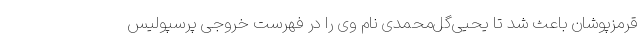
قرمزپوشان باعث شد تا یحیی‌گل‌محمدی نام وی را در فهرست خروجی پرسپولیس